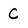
Character: C